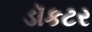
ડૉકટર